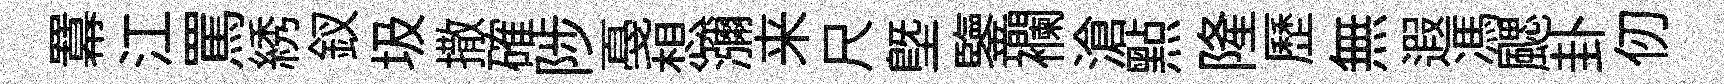
羃江罵綉釵圾撒確陟戞想瀰来尺塈鑒襴滄㸃隆歷無遐馮颸卦仞